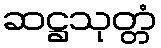
ဆဋ္ဌသုတ္တံ